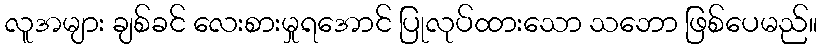
လူအများ ချစ်ခင် လေးစားမှုရအောင် ပြုလုပ်ထားသော သဘော ဖြစ်ပေမည်။